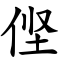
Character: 㑠